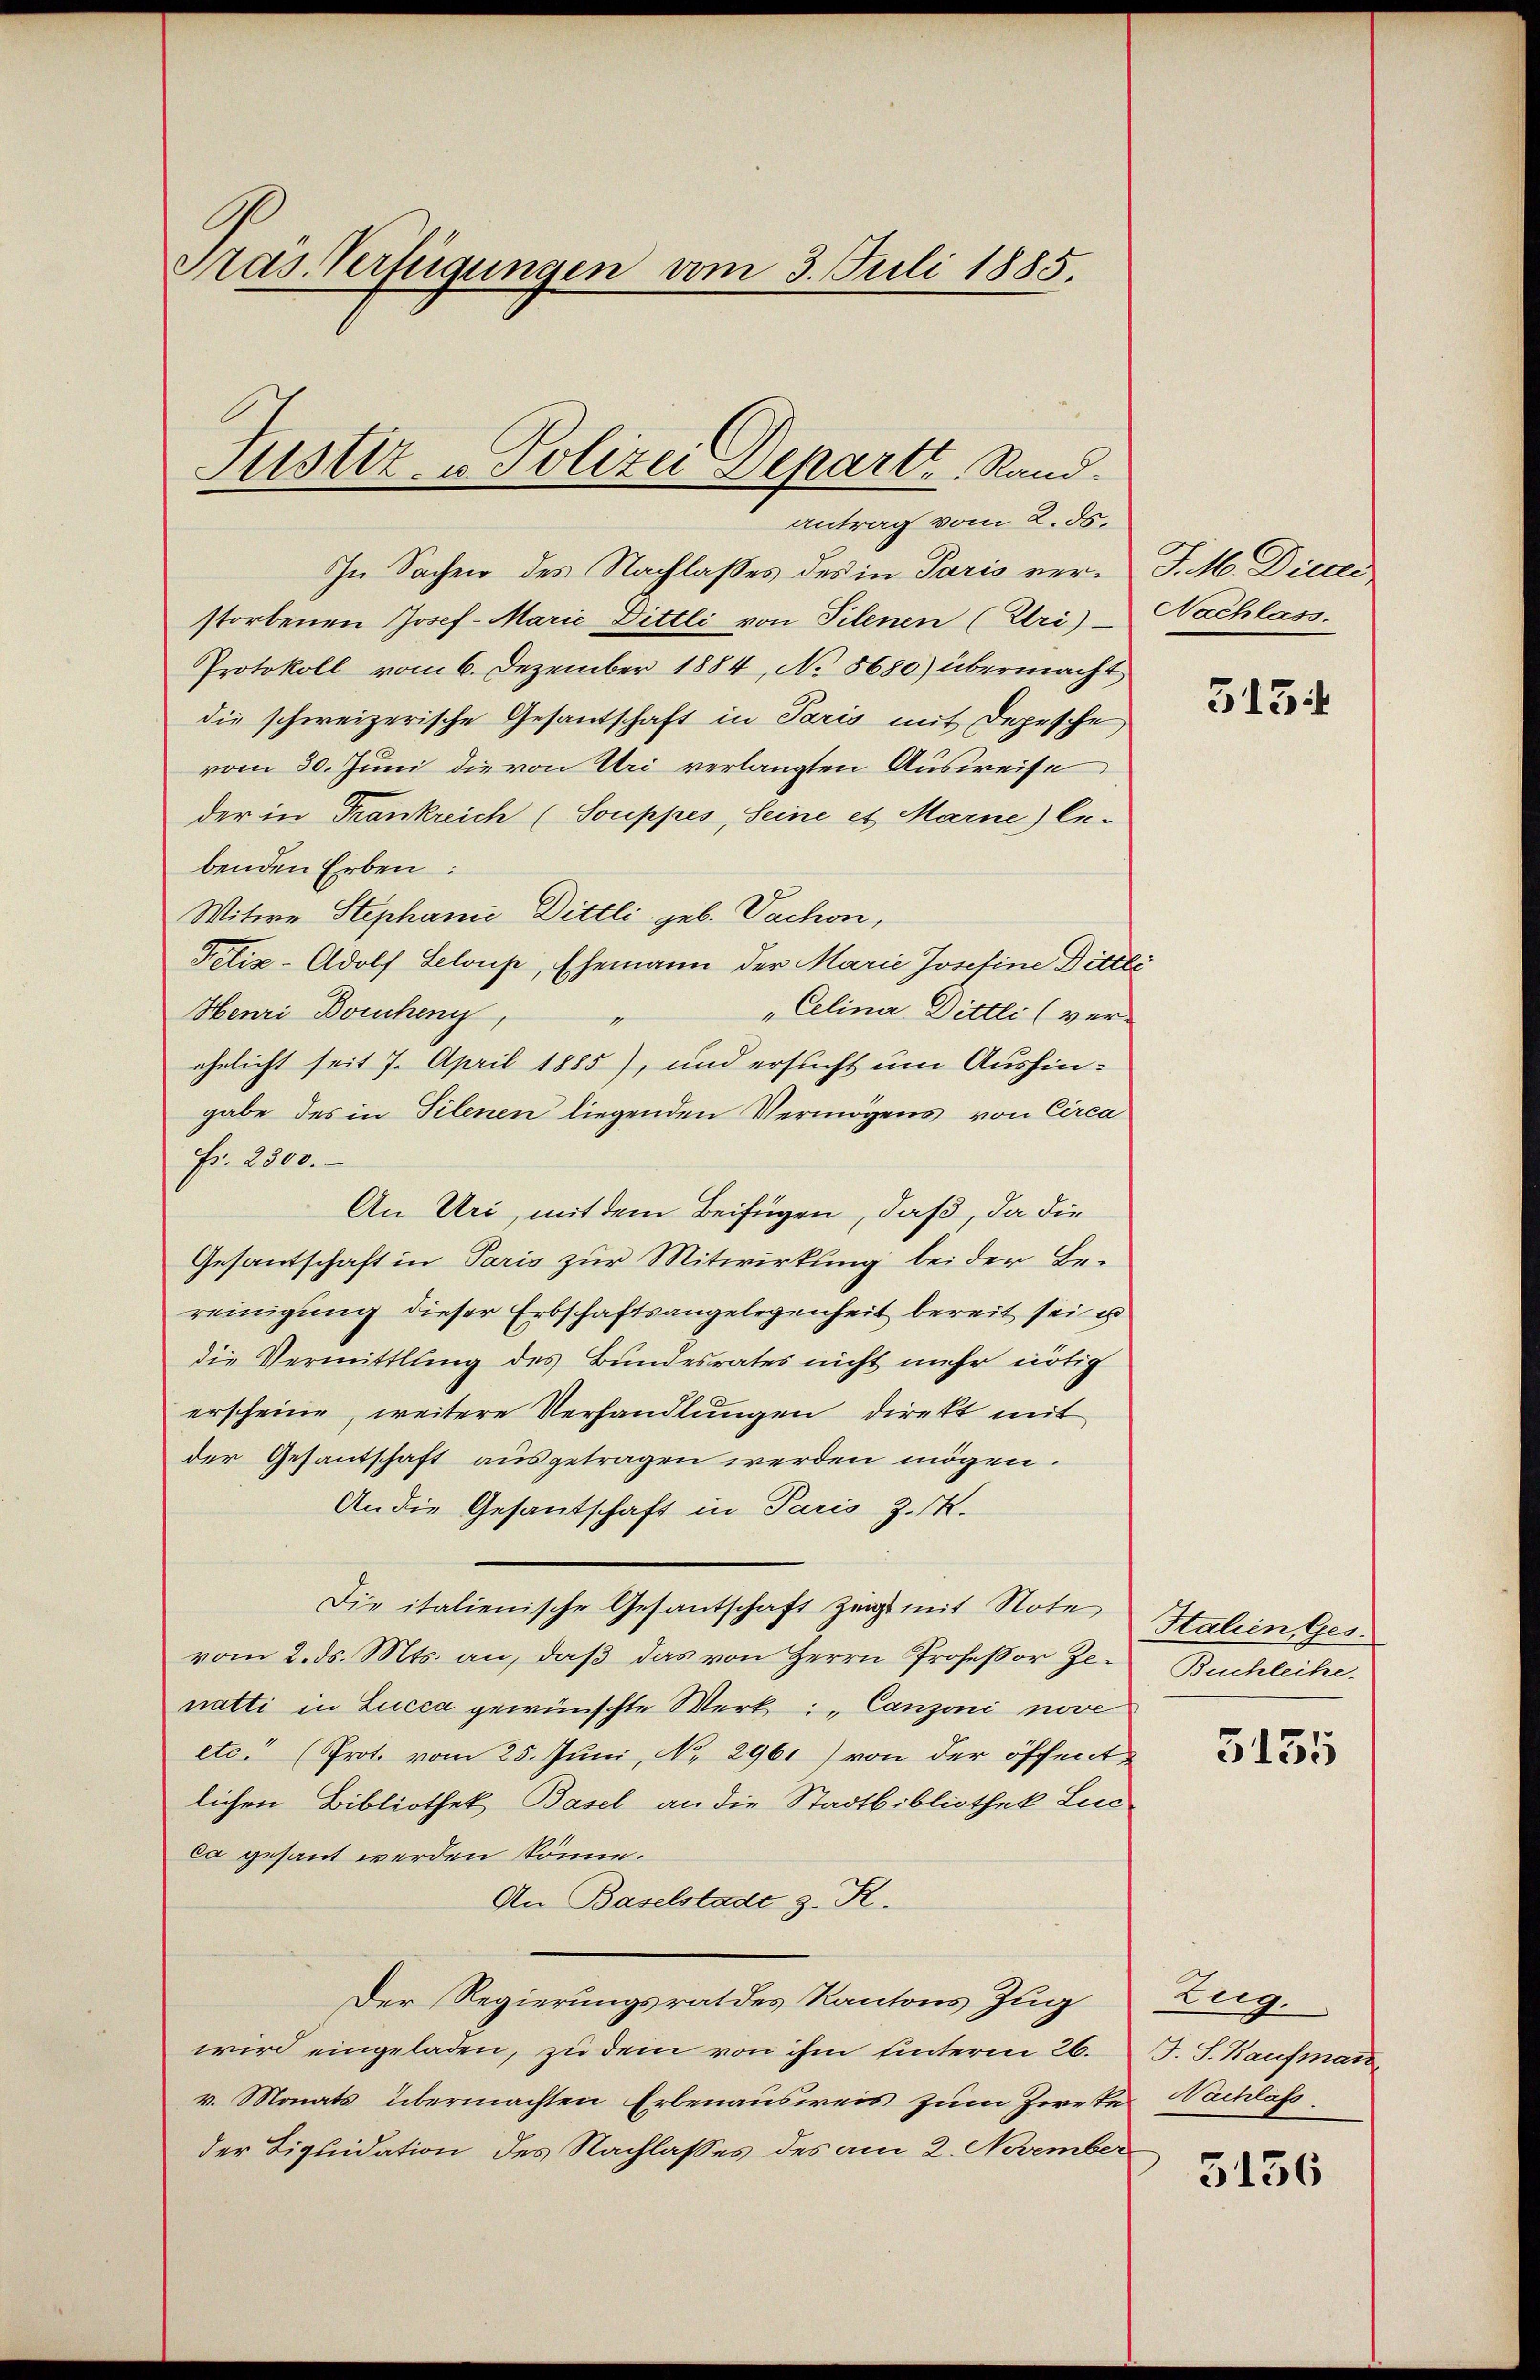
Präs. Verfügungen vom 3. Juli 1885.

Justiz- u Polizei Departt Rand.
antrag vom 2. ds.

In Sachen des Nachlaßes des in Paris ver- J. M. Dietli
storbenen Josef-Marie Dittli von Pilenen (Uri) Nachlass
Protokoll vom 6. Dezember 1884, No 8680) übermacht
die schweizerische Gesantschaft in Paris mit Depesche
vom 30. Juni die von Uri verlangten Ausweise
der in Trankreich (Souppes, Seine et Marne) Ex-
benden Erben:
Witwe Stephanić Dittli. geb. Sachen,
Felix-Adolf Seloup, Ehemann der Marie Josefine Bittli
„Celina Dittli (ver-
Henri Borchen,
g
ehelicht seit 7. April 1885), und ersucht um Aushingabe des in Tilenen liegenden Vermögens von Circa
Fr. 2300.
An Uri, mit dem Beifügen, daß, da die
Gesantschaft in Paris zur Mitwirkung bei der Bereinigung dieser Erbschaftsangelegenheit bereit sei es
die Vermittlung des Bundesrates nicht mehr nötig
erscheine, weitere Verhandlungen direkt mit
der Gesantschaft ausgetragen werden mögen.
An die Gesantschaft in Paris z. R.
Die italienische Gesantschaft zeigt mit Note Italien Ges.
vom 2. ds. Mts. an, daβ das von Herrn Profeßor Ze- Buchleihe
natti in Lucca gewünschte Werk: „Canzoni nove
etc. (Prote vom 25. Juni, No. 2961) von der öffent
lichen Bibliothek, Basel an die Stadtbibliothek Lucca gesant werden könne.
An Baselstadt z. R.
Der Regierungsrathes Kantons Zug Zug.
wird eingeladen, zu dem von ihm hinterm 26. J. S. Kaufman
v. Monats übermachten Erbenausweis zum Zweke Nachlass.
der Liquidation des Nachlasses des am 2. November

513

5155

5136